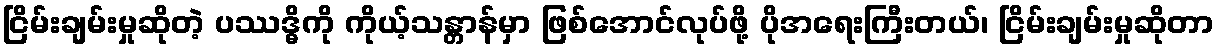
ငြိမ်းချမ်းမှုဆိုတဲ့ ပဿဒ္ဓိကို ကိုယ့်သန္တာန်မှာ ဖြစ်အောင်လုပ်ဖို့ ပိုအရေးကြီးတယ်၊ ငြိမ်းချမ်းမှုဆိုတာ